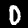
Label: 0